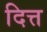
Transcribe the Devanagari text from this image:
दित्त